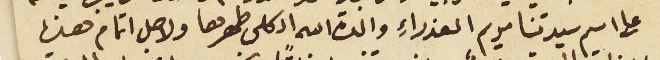
على اسم سيدتنا مريم العذراءِ والدة الله الكلى طهرها ولاجل اتمام هذه